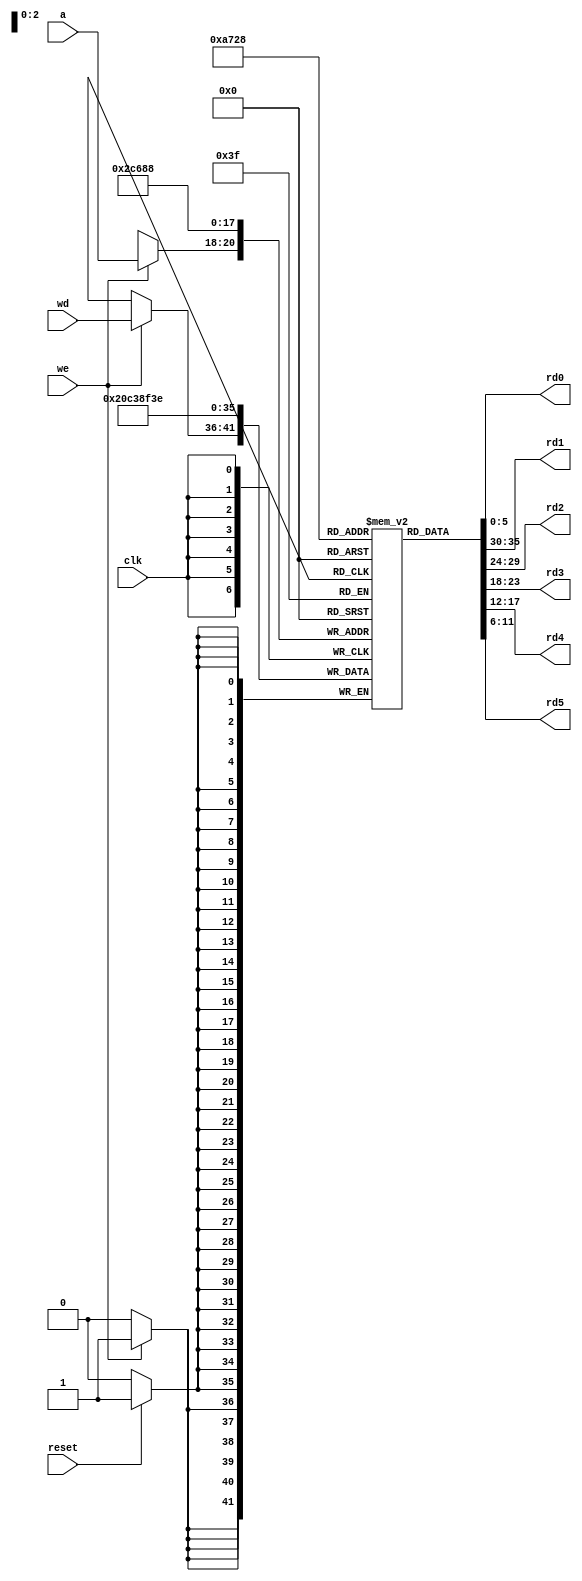
module allocationstatusregister(
input  clk, we,reset,
            input  [2:0] a, 
			input [5:0] wd,
            output [5:0] rd0,rd1,rd2,rd3,rd4,rd5);

  reg  [5:0] register[5:0];

  assign rd0 = register[0]; // word aligned
assign rd1 = register[1];
assign rd2 = register[2];
assign rd3 = register[3];
assign rd4 = register[4];
assign rd5 = register[5];
  always @(posedge clk)
  begin
  if(reset)
  begin 
  register[0]<=6'b111110; //space free for request of 2 only
  register[1]<=6'b111100; //space free for request of 2 and 4
  register[2]<=6'b111000; //space free for request of 2 , 4 and 8
  register[3]<=6'b110000; //space free for request of 2 , 4, 8 and 16
  register[4]<=6'b100000; //space free for request of 2 , 4, 8, 16 and 32
  register[5]<=6'b000000; //space free for request of 2 , 4, 8, 16, 32 and 64
  end
    if (we)
      register[a] <= wd;
	  end
endmodule


module startingaddress(
input  clk, we,reset,
            input  [2:0] a, 
			output [7:0] rd,
			input [7:0] wd
            );
reg  [7:0] register[5:0];	
	  always @(posedge clk)
	  begin
  if(reset)
  begin 
  register[0]<=8'b00000000; 
  register[1]<=8'b00000010; 
  register[2]<=8'b00000110; 
  register[3]<=8'b00001110; 
  register[4]<=8'b00011110; 
  register[5]<=8'b00111110; 
   end
   if (we)
   register[a] <= wd;
 end
assign rd=register[a]; 
			
endmodule

module reg2address(input clk, input [2:0] regmips, input reset 
                   ,input we, input [7:0] wd, output [7:0] rd);
reg  [7:0] register[7:0];	
	  always @(posedge clk)
	  begin
  /*if(reset)
  begin 
  register[0]<=8'b00000000; 
  register[1]<=8'b00000000; 
  register[2]<=8'b00000000; 
  register[3]<=8'b00000000; 
  register[4]<=8'b00000000; 
  register[5]<=8'b00000000; 
  register[6]<=8'b00000000;
  register[7]<=8'b00000000;
   end*/
   if (we)
      register[regmips] <= wd;
 end
assign rd=register[regmips]; 				   
				   
endmodule
/*module onehotregister(//read only
input  clk,reset
            input  [2:0] a, 
			
            output [5:0] rd);

  reg  [5:0] register[5:0];

  assign rd = register[a[5:0]]; // word aligned

  always @(posedge clk)
  if(reset)
  begin 
  register[0]<=6'b000001; 
  register[1]<=6'b000010; 
  register[2]<=6'b000100; 
  register[3]<=6'b001000; 
  register[4]<=6'b010000; 
  register[5]<=6'b100000; 
  end
    
endmodule*/